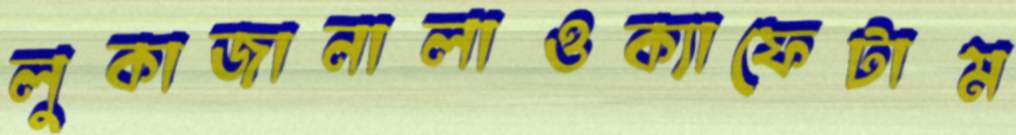
লুকাজানালাওক্যাফেটাম